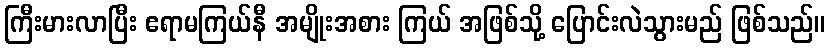
ကြီးမားလာပြီး ဧရာမကြယ်နီ အမျိုးအစား ကြယ် အဖြစ်သို့ ပြောင်းလဲသွားမည် ဖြစ်သည်။